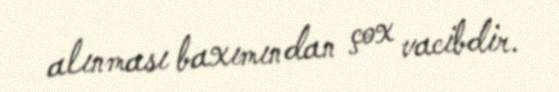
alınması baxımından çox vacibdir.